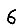
Digit: 6